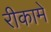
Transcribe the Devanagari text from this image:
रीकामे